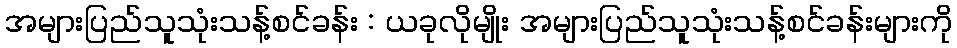
အများပြည်သူသုံးသန့်စင်ခန်း : ယခုလိုမျိုး အများပြည်သူသုံးသန့်စင်ခန်းများကို